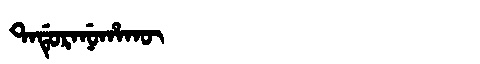
Manchu: ᡨᠠᡩᡠᡵᠠᠨᡠᡥᠠᡴᡡ
Romanization: TADURANUHAKŪ